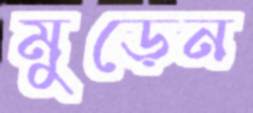
মুড়েন